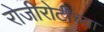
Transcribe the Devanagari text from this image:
रोजीरोटीच्या